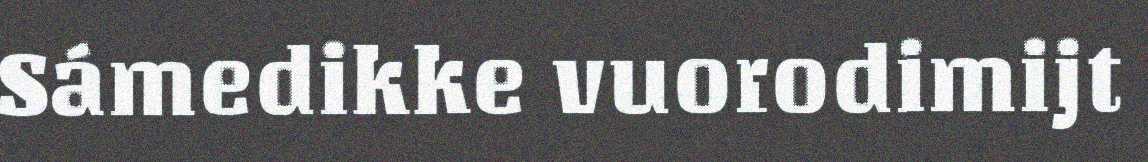
Sámedikke vuorodimijt